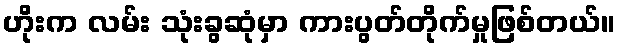
ဟိုးက လမ်း သုံးခွဆုံမှာ ကားပွတ်တိုက်မှုဖြစ်တယ်။